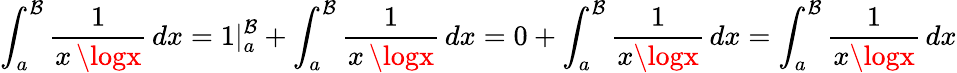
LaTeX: \int_{a}^{\mathcal{B}}{\frac{{1}}{{x\, \logx}}}\, dx=1|_{a}^{\mathcal{B}}+\int_{a}^{\mathcal{B}}{\frac{{1}}{{x\, \logx}}}\, dx=0+\int_{a}^{\mathcal{B}}{\frac{{1}}{{x\logx}}}\, dx=\int_{a}^{\mathcal{B}}{\frac{{1}}{{x\logx}}}\, dx